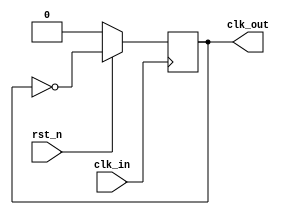
// Half clk
module half_clk(
	input wire rst_n,
	input wire clk_in,
	output reg clk_out
);

always @(posedge clk_in)
	if (rst_n == 1'b0)
		clk_out = 1'b0;
	else
		clk_out = ~clk_out;

endmodule